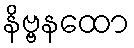
နိဗ္ဗနထော